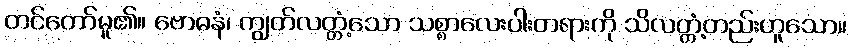
တင်တော်မူ၏။ ဗောဓနံ၊ ကျွတ်လတ္တံ့သော သစ္စာလေးပါးတရားကို သိလတ္တံ့တည်းဟူသော။